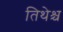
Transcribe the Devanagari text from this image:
तिथेश्च